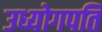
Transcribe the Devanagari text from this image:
उध्योगपति